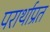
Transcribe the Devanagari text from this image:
परार्थाप्रत